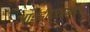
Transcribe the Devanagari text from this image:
आईडीएसआई